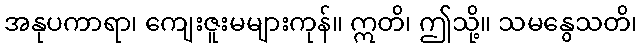
အနုပကာရာ၊ ကျေးဇူးမများကုန်။ ဣတိ၊ ဤသို့။ သမနွေသတိ၊